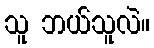
သူ ဘယ်သူလဲ။